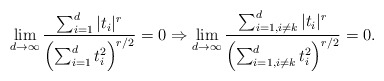
\begin{align*}\lim_{d\rightarrow \infty} \frac{\sum_{i=1}^d |t_i|^r}{\left( \sum_{i=1}^d t_i^2 \right)^{r/2}} = 0 \Rightarrow \lim_{d\rightarrow \infty} \frac{\sum_{i=1, i \neq k}^d |t_i|^r}{\left( \sum_{i=1, i \neq k}^d t_i^2 \right)^{r/2}} = 0.\end{align*}